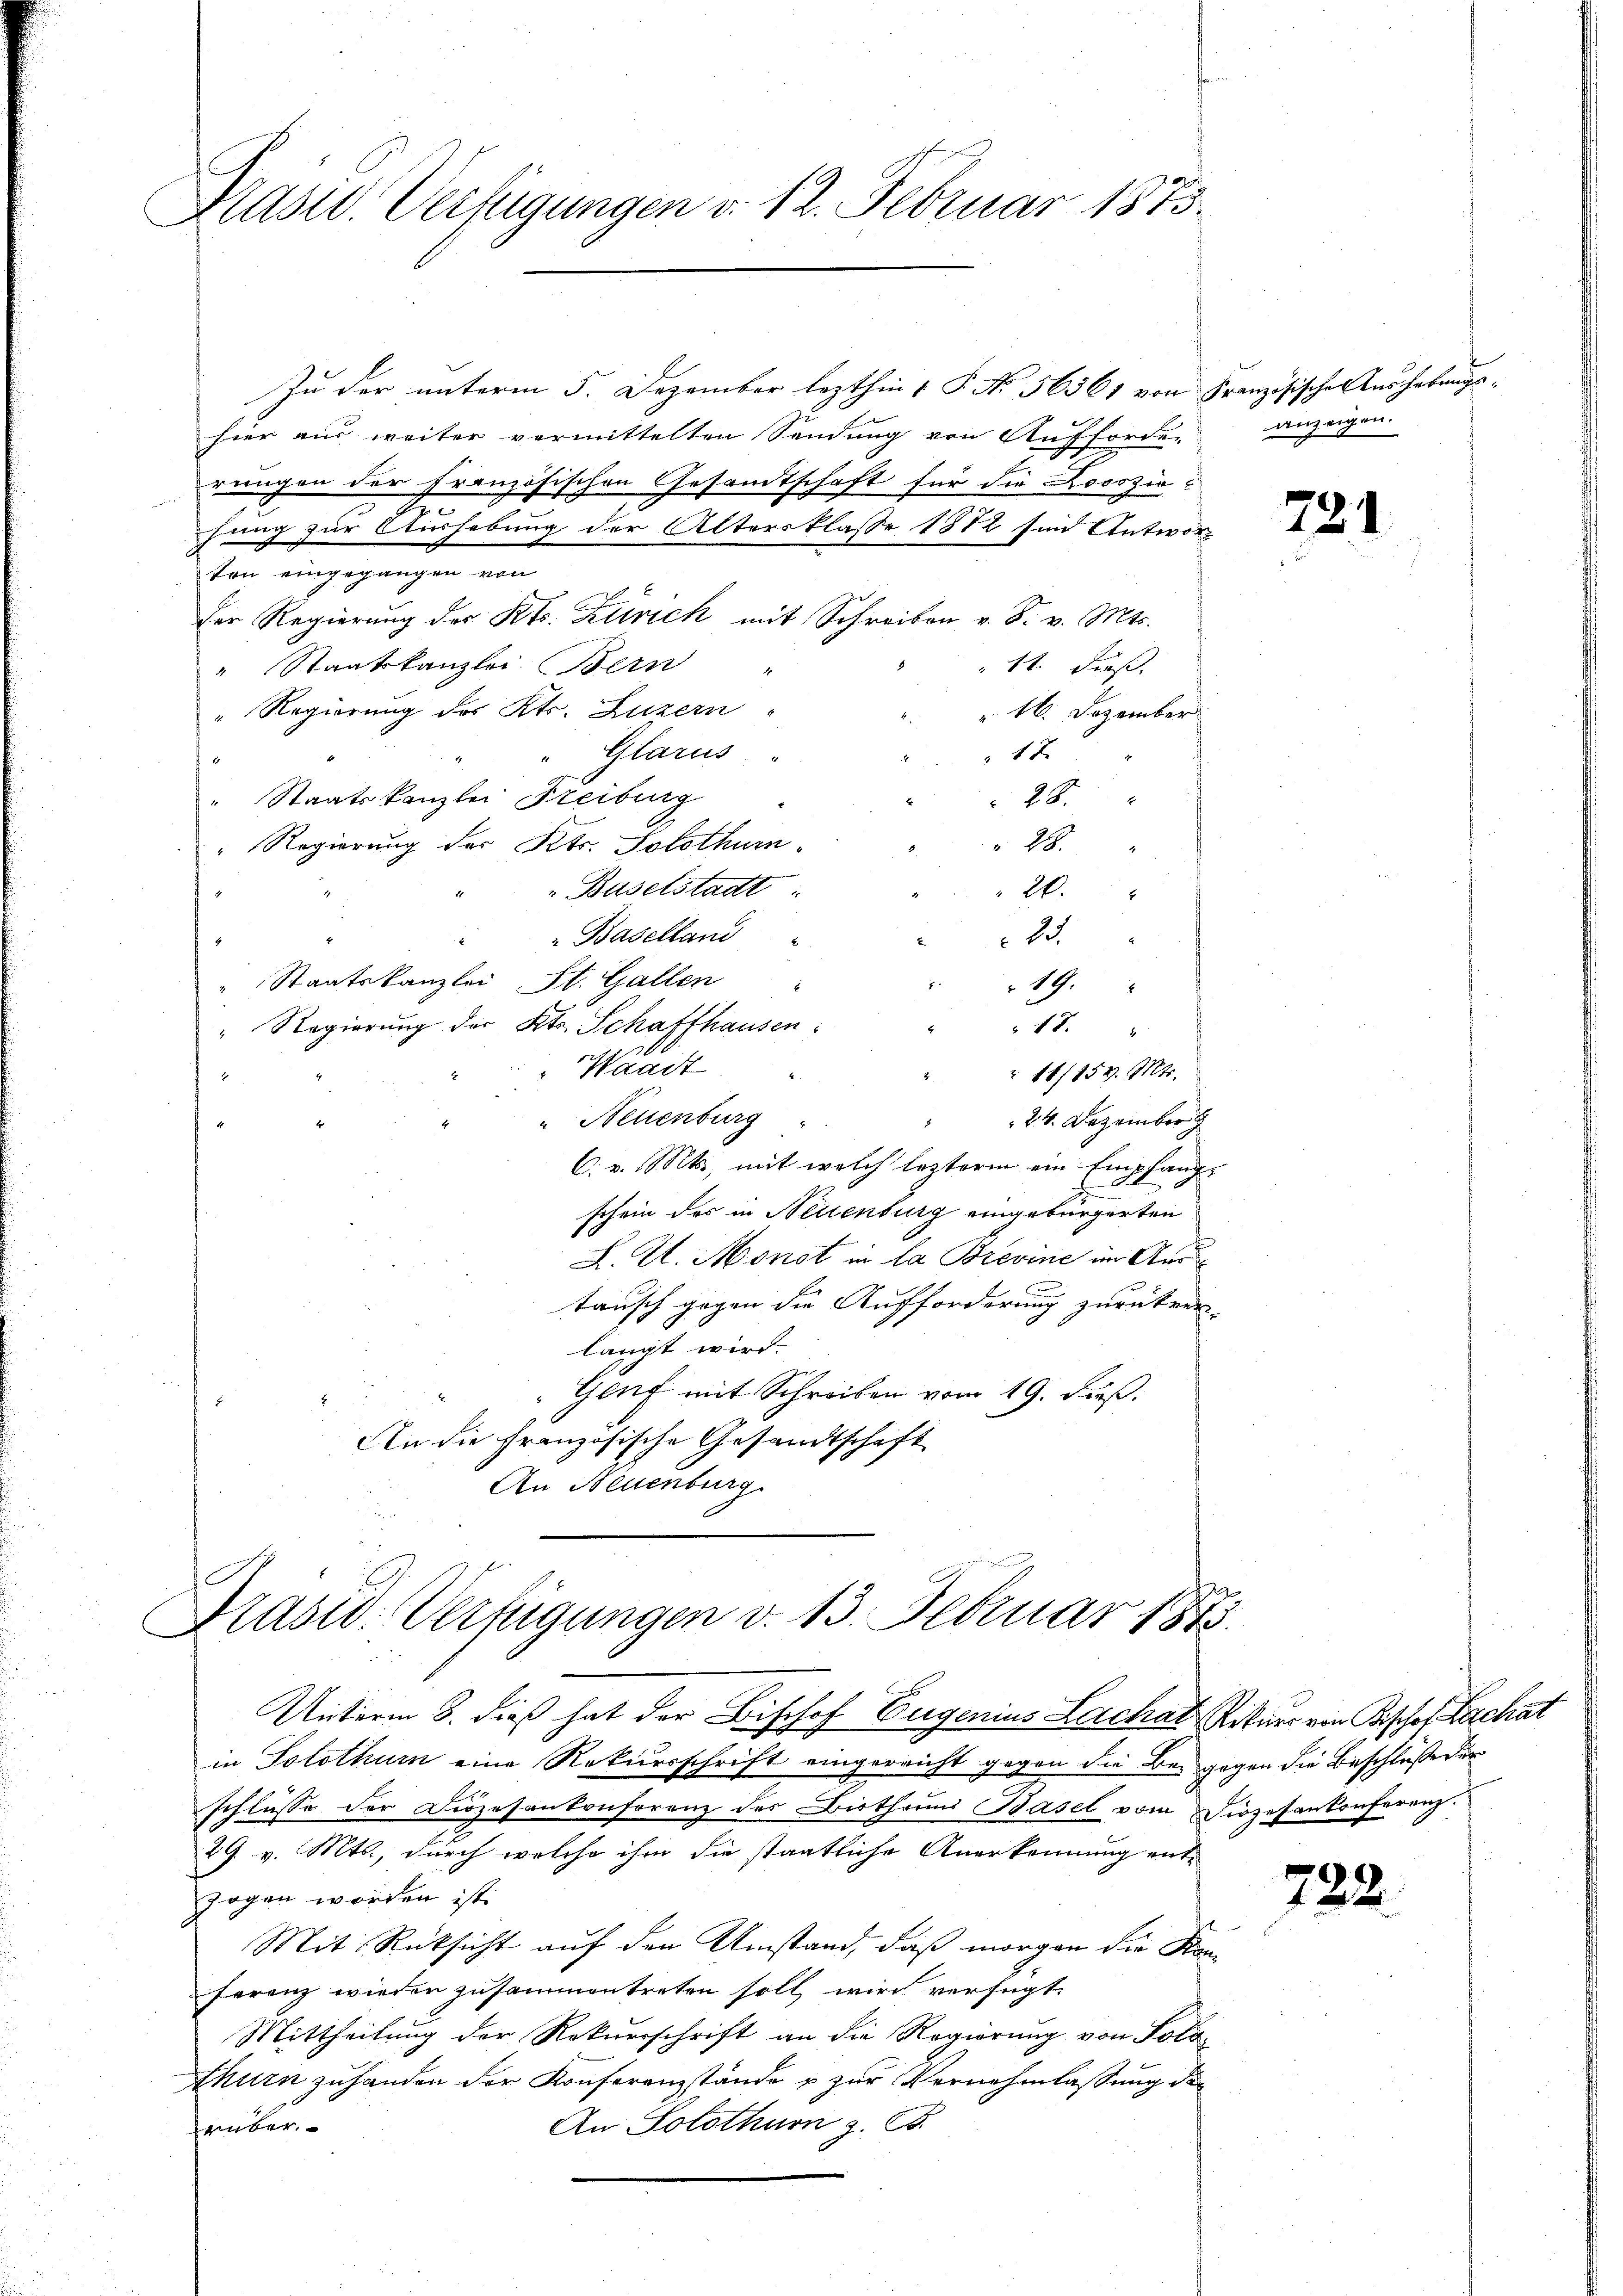
Präsid. Verfügungen v. 12. Februar 1873.

Zu der unterm 5. Dezember lezthin 1 P. Nr. 56561 von Französische Aushebungshier aus weiter vermittelten Sendung von Aufforde-
rungen der Französischen Gesandtschaft für die Locozinhung zur Aushebung der Altersklasse 1882 sind Antwor
ten eingegangen von
Der Regierung des Kts. Zürich mit Schreiben v. S. v. Mts.
4
1t. dieß.
" Staatskanzlei Bern "
" Regierung des Kts. Luzern
 16. Dezember
17.
Glarus
" Staatskanzlei Freiburg
28.
" Regierung des Kts. Solothurn
 28.
Baselstadt
26.
Baselland
22
Staatskanzlei St. Gallen
"19.
" Regierung des Kts. Schaffhausen
.
 17.
Waadt
 11/154. Mts.
.
" Neuenburg
 24. Dezember
C. v. Mts., mit welch lezterm ein Empfange
schein des in Neilenburg eingebürgerten
L. U. Monat in la Brevine im And
tausch gegen die Aufforderung zurückver-
langt wird. |
Genf mit Schreiben vom 19. Fuß.
An die Französische Gesandtschaft
An Neuenburg

Prasso: Verfügungen v. 13. Februar 1873.

Unterm 8. dieß hat der Bischof Eugenius Lachat, Rekurs von Bischof Lachat

in Solothur eine Rekursschrift eingereicht gegen die Bei gegen die Beschluße der
schlüsse der Diözesankonferenz des Bistheim Basel vom Diözesankonferenz
29. v. Mts., durch welche ihm die staatliche Anerkennung entzogen worden ist.
Mit Rüksicht auf den Umstand, daß morgen die Kon-
ferenz wieden zusammentreten soll, wird verfügt:
Mittheilung der Rekurrschrift an die Regierung von Solo-
thurn zuhanden der Konferenzstände u zur Vernehmlassung der
An Solothurn z. B.
rüber

anzeigen.

721

722.